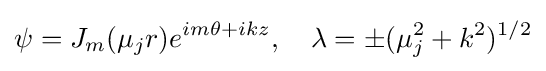
\psi =J_{m}(\mu _{j}r)e^{im\theta +ikz},\quad \lambda =\pm (\mu _{j}^{2}+k^{2})^{1/2}